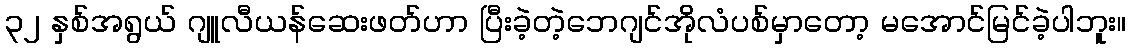
၃၂ နှစ်အရွယ် ဂျူလီယန်ဆေးဖတ်ဟာ ပြီးခဲ့တဲ့ဘေဂျင်အိုလံပစ်မှာတော့ မအောင်မြင်ခဲ့ပါဘူး။